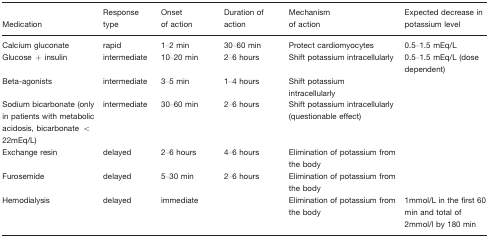
| Medication | Response type | Onset of action | Duration of action | Mechanism of action | Expected decrease in potassium level |
 | --- | --- | --- | --- | --- | --- |
 | Calcium gluconate | rapid | 1–2 min | 30–60 min | Protect cardiomyocytes | 0.5–1.5 mEq/L |
 | Glucose + insulin | intermediate | 10–20min | 2–6 hours | Shift potassium intracellularly | 0.5–1.5 mEq/L (dose dependent) |
 | Beta-agonists | intermediate | 3–5min | 1–4 hours | Shift potassium intracellularly |  |
 | Sodium bicarbonate (only in patients with metabolic acidosis, bicarbonate < 22mEq/L) | intermediate | 30–60min | 2–6 hours | Shift potassium intracellularly (questionable effect) |  |
 | Exchange resin | delayed | 2–6hours | 4–6 hours | Elimination of potassium from the body |  |
 | Furosemide | delayed | 5–30 min | 2–6 hours | Elimination of potassium from the body |  |
 | Hemodialysis | delayed | immediate |  | Elimination of potassium from the body | 1mmol/L in the first 60 min and total of 2mmol/l by 180 min |